Newspaper: Daily globe. [volume]
Place of publication: St. Paul, Minn.
Publisher: H.P. Hall
Date: 1880-06-24 00:00:00
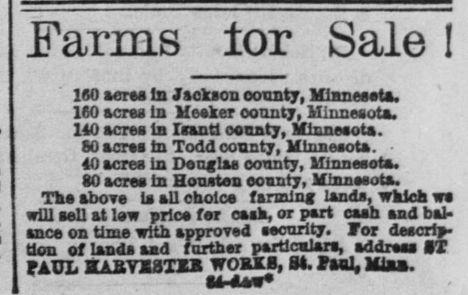
Advertisement text (OCR):
Farms tor Sale ! 160 acres In Jackson county, Minnesota. 160 acres In Meeker county, Minnesota. 140 acres in Ismntl county, Minnesota. 80 acres in Todd county, Minnesota. ■ 40 acres in Douglas county, Minnesota. 80 acres in Houston county, Minnesota. The above is all choice fanning lands, which ws will sell at law price for cask, or part cash and bal ance on time with approved security. Vox descrip tion of lands and farther particulars, address IT PAUL KASYiaXBB WOMB, M. ft*], Mm. •4-4 AW*
Label: text-only